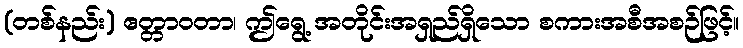
(တစ်နည်း) ဧတ္တာဝတာ၊ ဤရွေ့ အတိုင်းအရှည်ရှိသော စကားအစီအစဉ်ဖြင့်။